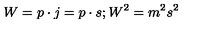
W = p \cdot j = p \cdot s ; W ^ { 2 } = m ^ { 2 } s ^ { 2 }